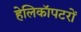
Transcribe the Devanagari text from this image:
हेलिकॉपटरों